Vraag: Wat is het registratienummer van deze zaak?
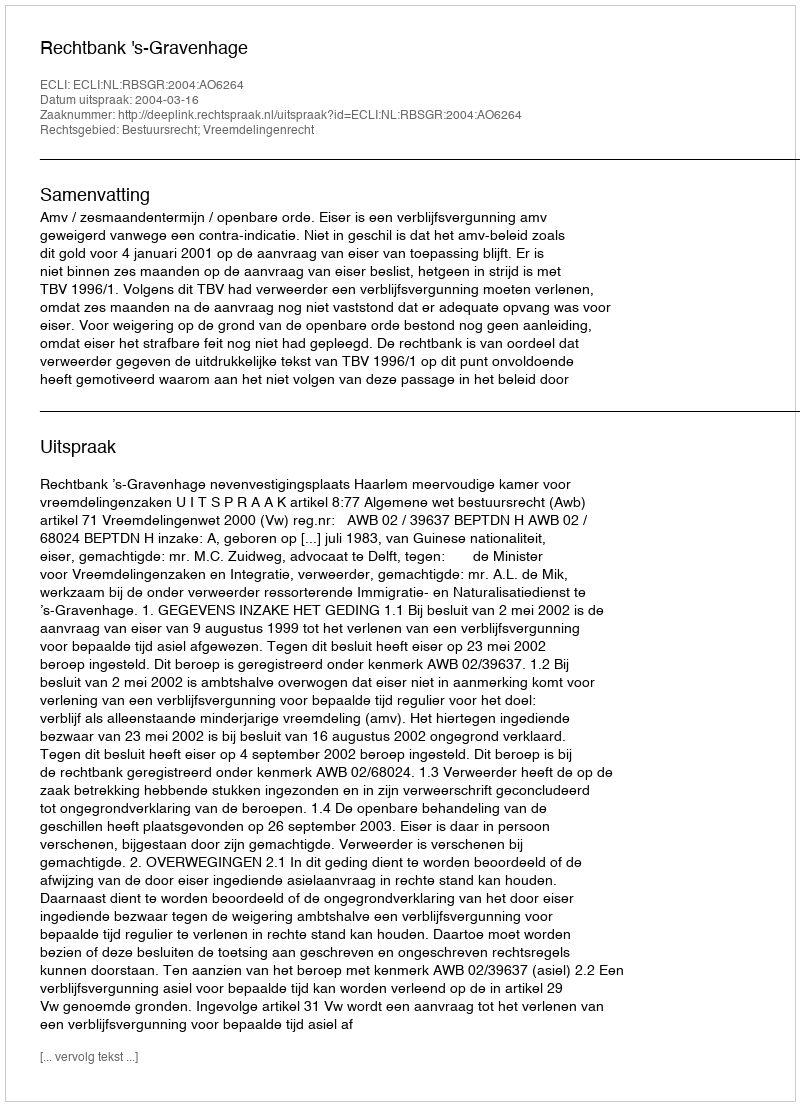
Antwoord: http://deeplink.rechtspraak.nl/uitspraak?id=ECLI:NL:RBSGR:2004:AO6264